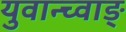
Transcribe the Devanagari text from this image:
युवान्च्वाङ्